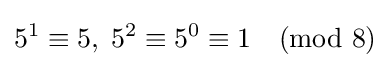
5^{1}\equiv 5,\;5^{2}\equiv 5^{0}\equiv 1{\pmod {8}}